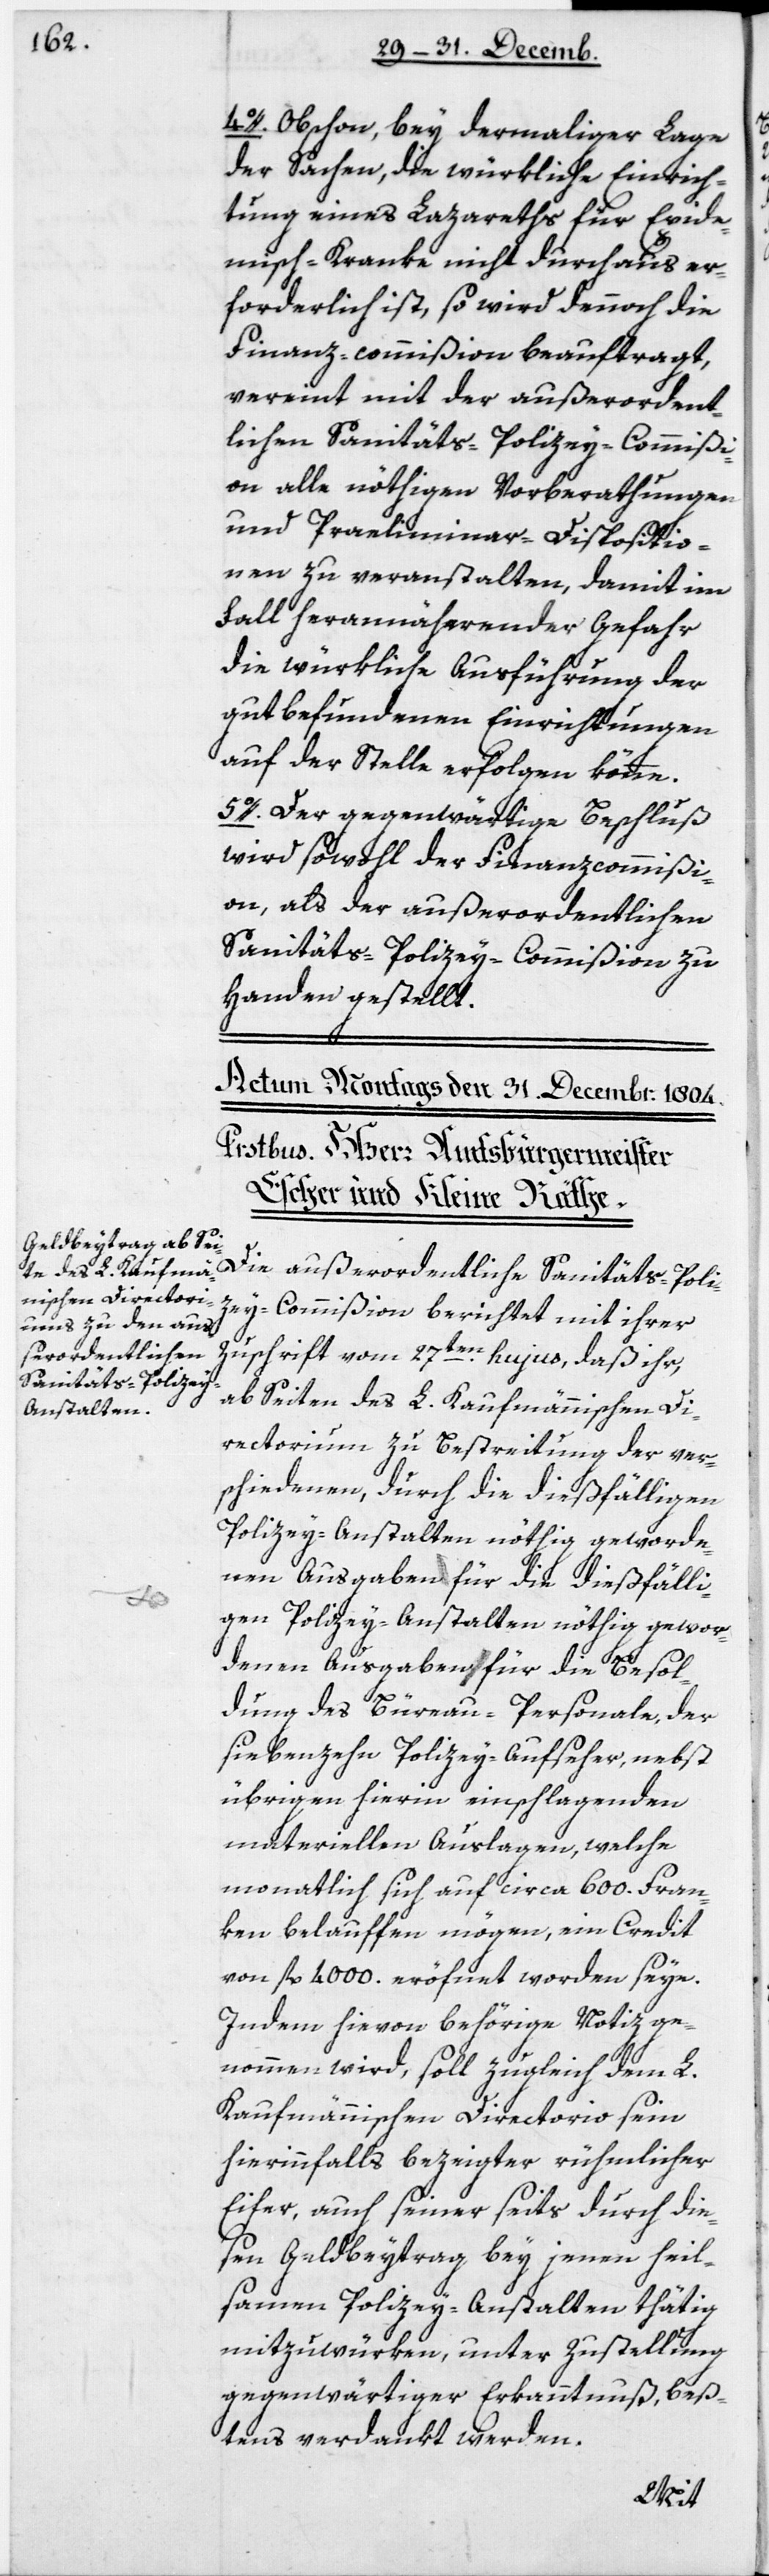
4. Obschon bey dermaliger Lage
der Sachen, die würkliche Einrich¬
tung eines Lazareths für Epide¬
misch-Kranke nicht durchaus er¬
forderlich ist, so wird dennoch die
Finanz-commißion beauftragt,
vereint mit der außerordent¬
lichen Sanitäts-Polizey-Commißi¬
on alle nöthigen Vorberathungen
und Praeliminar-Dispositio¬
nen zu veranstalten, damit im
Fall herannähernder Gefahr
die würkliche Ausführung der
gut befundenden Einrichtungen
auf der Stelle erfolgen könne.
5. Der gegenwärtige Beschluß
wird sowohl der Finanzcommißi¬
on als der außerordentlichen
Sanitäts-Polizey-Commißion zu
Handen gestellt.
Die außerordentliche Sanitäts-Poli¬
zey-Commißion berichtet mit ihrer
Zuschrift vom 27ten hujus, daß ihr,
ab Seiten des L. Kaufmännischen Di¬
rectorium zu Bestreitung der ver¬
schiedenen, durch die dießfälligen
Polizey-Anstalten nöthig geworde¬
nen Ausgaben für die dießfälli¬
gen Polizey-Anstalten nöthig gewor¬
denen Ausgaben für die Besol¬
dung des Büreau-Personale, der
siebzehn Polizey-Aufseher, nebst
übrigen hierin einschlagenden
materiellen Auslagen, welche
monatlich sich auf circa 600 Fran¬
ken belaufen mögen, ein Credit
von fl. 4000 eröfnet worden seye.
Indem hievon behörige Notiz ge¬
nommen wird, soll zugleich dem L.
Kaufmännischen Directorio sein
hierinfalls bezeigter rühmlicher
Eifer, auch seinerseits durch die¬
sen Geldbeytrag bey jenen heil¬
samen Polizey-Anstalten thätig
mitzuwürken, unter Zustellung
gegenwärtiger Erkanntnuß beß¬
tens verdankt werden.